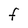
Character: F